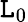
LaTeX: \mathtt{L}_{0}